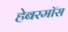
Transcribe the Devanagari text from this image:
हेबरमॉस